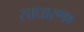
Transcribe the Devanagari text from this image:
साधारण४